Civil Veterinary Department Bihar reports 1940-50 - 1940-1950
Year: 1940
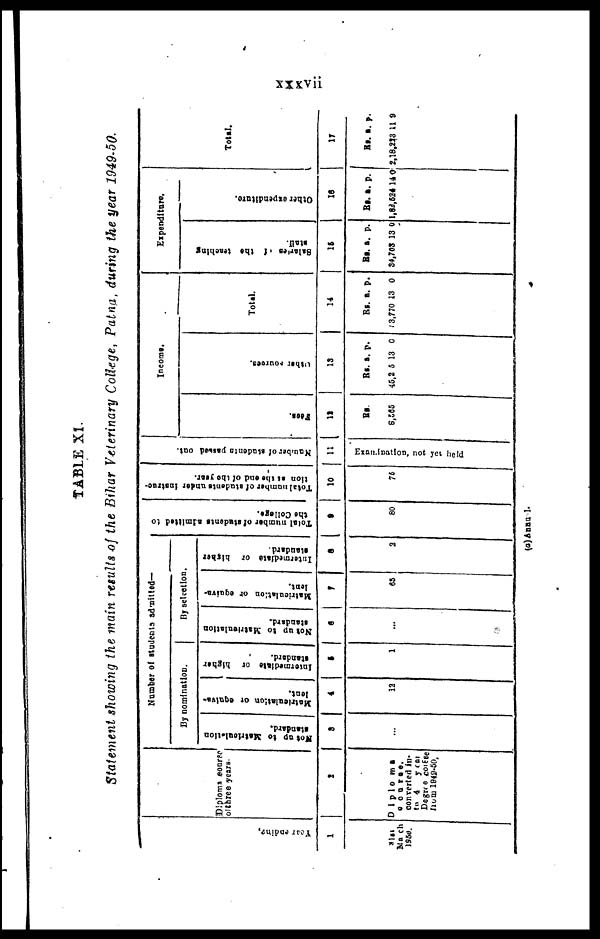
xxxvii
TABLE XI.
Statement showing the main results of the Bihar Veterinary College, Patna, during the year 1949-50.
Year endi ng.
1
31st
March
1950.
Diploma course
othree years.
2
Diploma
course
converted in-
to 4
year
Dagrre course
hom 1949-50.
Number of students admitted—
By nomination.
Not up to Matriculation
standard.
3
...
Matriculation of equiva-
4
12
intermediate of higher
standard.
5
1
By selection.
Not up to Matriculation
standard.
6
...
Matriculation or equiva-
7
65
Intermediate of higher
standard.
8
2
Total number
of students admitted to
the College.
7
80
Total number of students uader instrue-
tion
at the and of the year.
10
75
Number
of students passed out.
11
Examination, not yet held
Income.
Fees.
12
Rs
8,565
other sources.
13
Rs. a. p.
45, 5 13 0
Total
14
Rs. a. p.
13,770 13 0
Expenditure.
Salarles of the teaching
staff.
15
Rs. a. p.
24,702 13 0
Other expenditure.
16
Rs. a. p.
1,84,524 14 0
Total.
17
Rs. a. p.
2,18,228 11 8
(a)Annual.